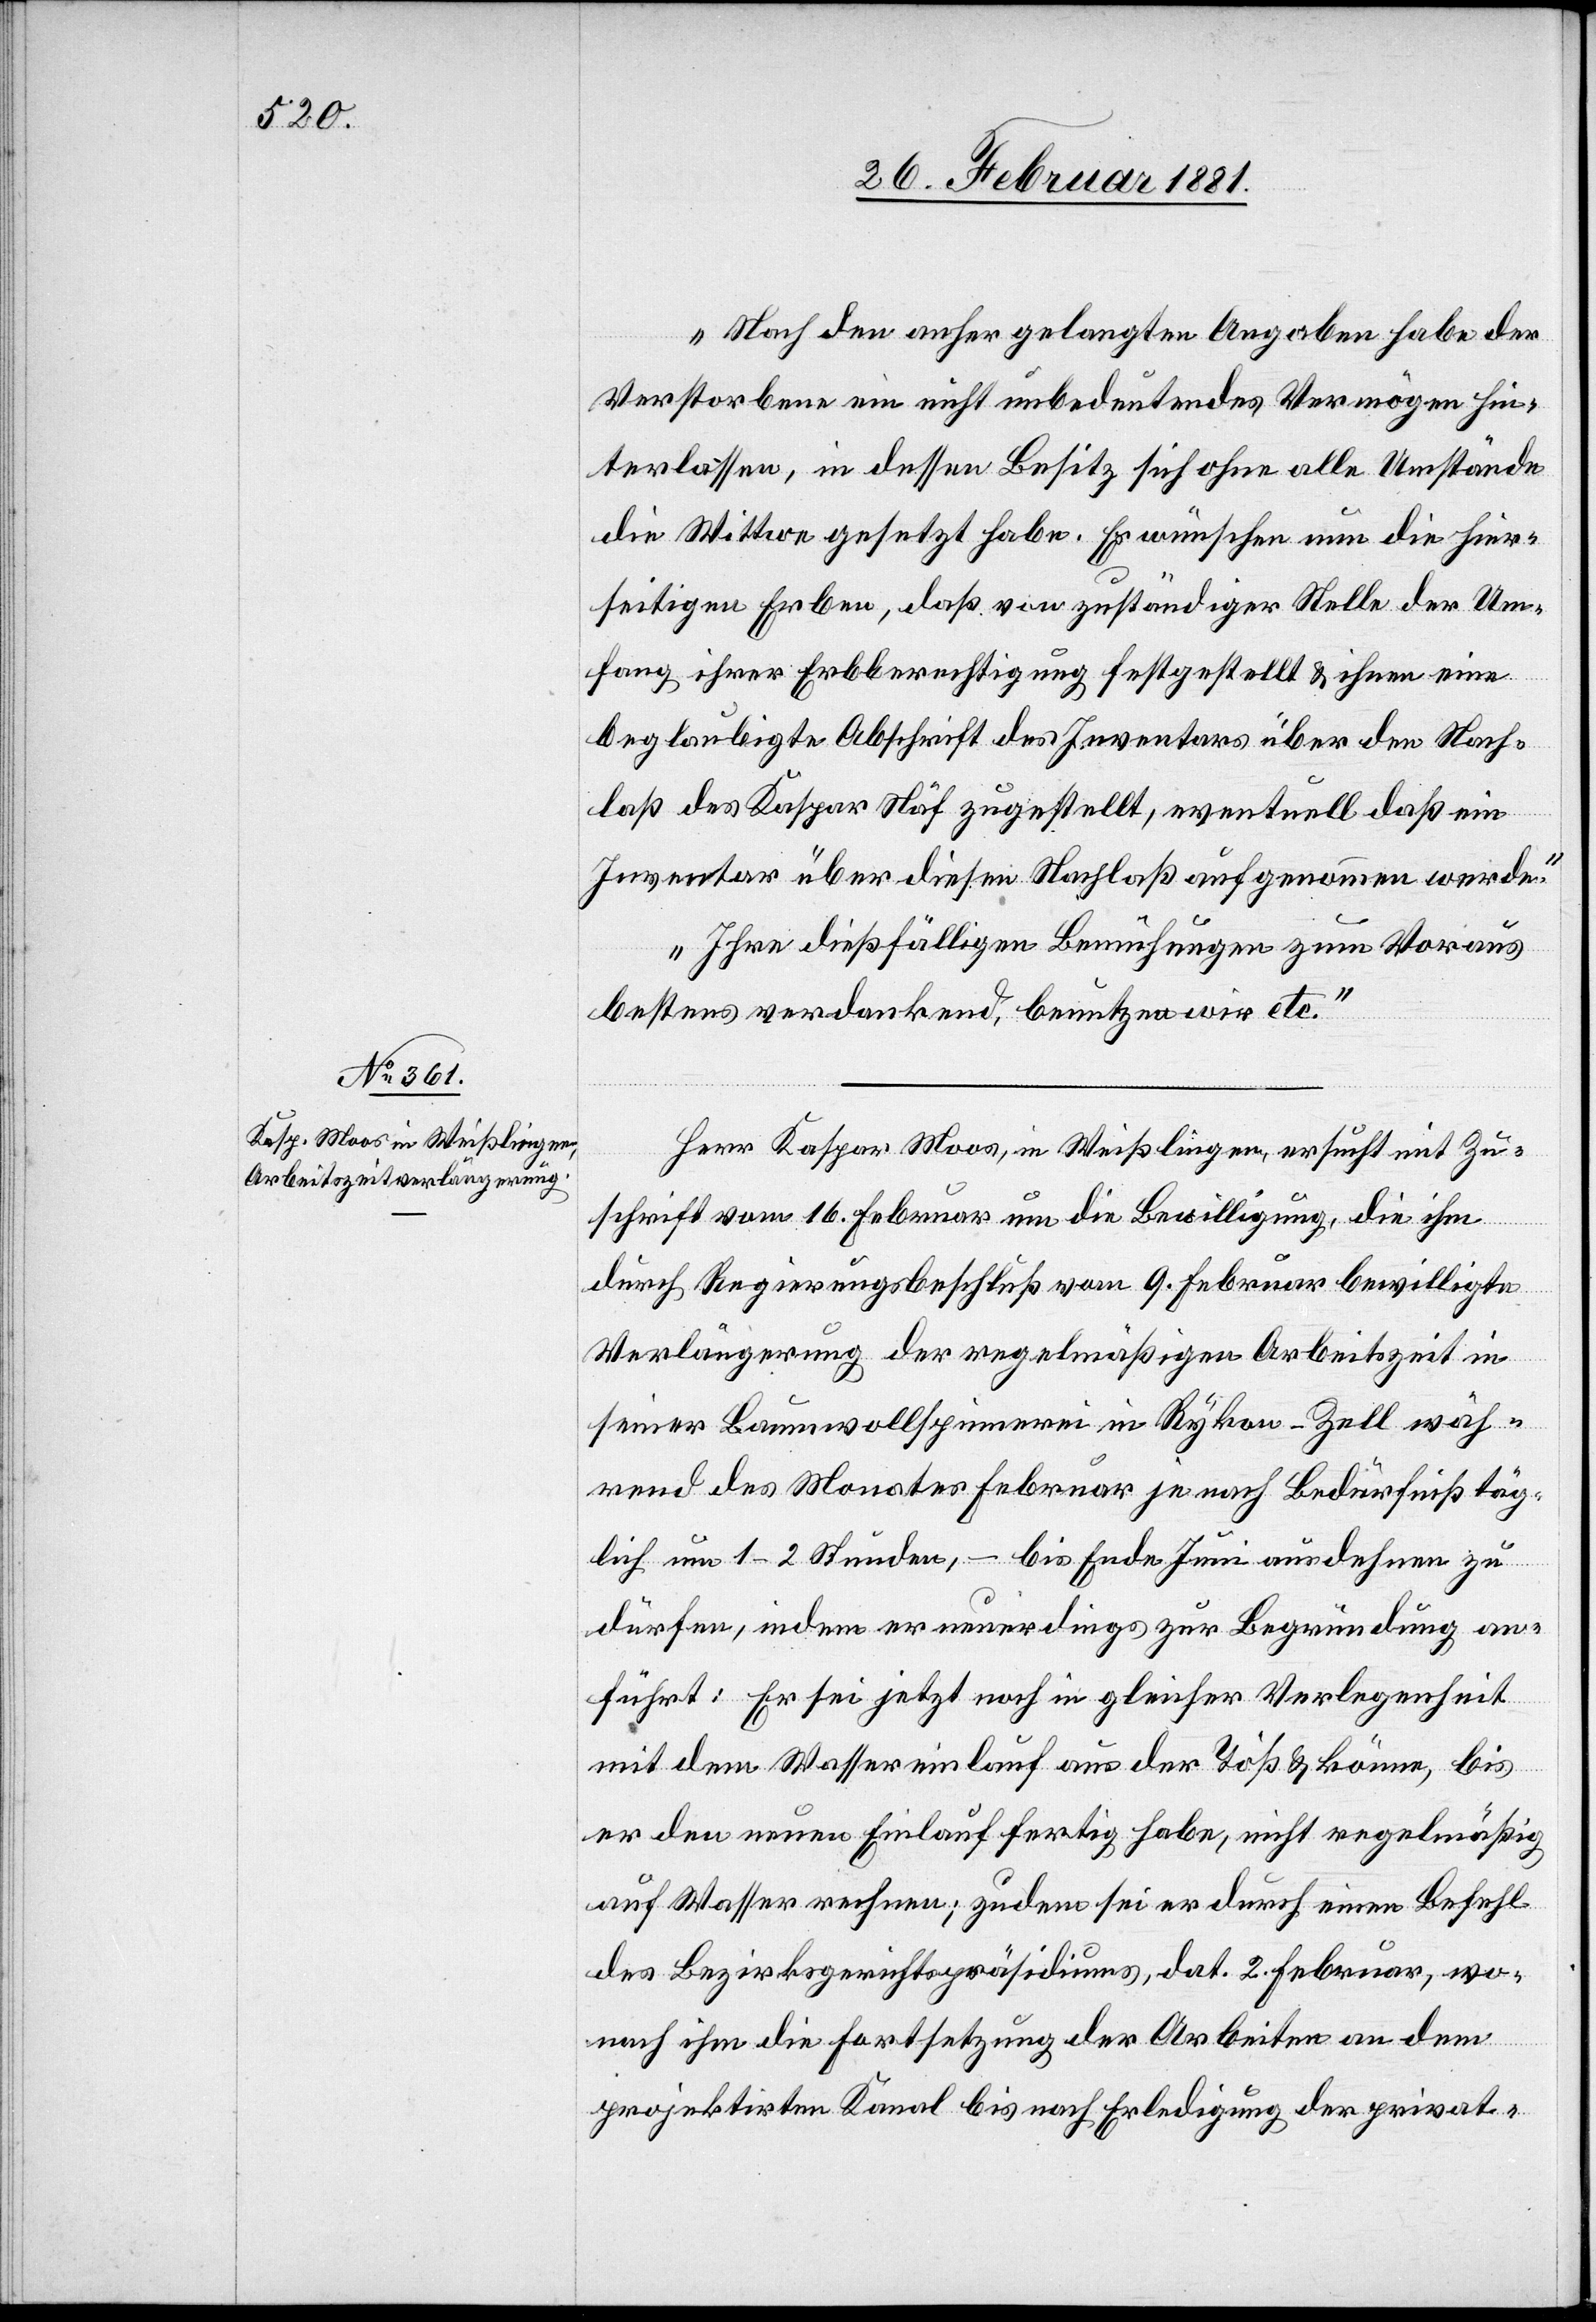
Nach den anher gelangten Angaben habe der
Verstorbene ein nicht unbedeutendes Vermögen hin¬
terlassen, in dessen Besitz sich ohne alle Umstände
die Wittwe gesetzt habe. Es wünschen nun die hier¬
seitigen Erben, daß von zuständiger Stelle der Um¬
fang ihrer Erbberechtigung festgestellt & ihnen eine
beglaubigte Abschrift des Inventars über den Nach¬
laß des Kaspar Näf zugestellt, eventuell daß ein
Inventar über diesen Nachlaß aufgenommen werde.
Ihre dießfälligen Bemühungen zum Voraus
bestens verdankend, benutzen wir etc.“
Herr Kaspar Moos, in Weißlingen, ersucht mit Zu¬
schrift vom 16. Februar um die Bewilligung, die ihm
durch Regierungsbeschluß vom 9. Februar bewilligte
Verlängerung der regelmäßigen Arbeitszeit in
seiner Baumwollspinnerei in Rykon - Zell wäh¬
rend des Monates Februar je nach Bedürfniß täg¬
lich um 1–2 Stunden, – bis Ende Juni ausdehnen zu
dürfen, indem er neuerdings zur Begründung an¬
führt: Er sei jetzt noch in gleicher Verlegenheit
mit dem Wassereinlauf aus der Töß & könne, bis
er den neuen Einlauf fertig habe, nicht regelmäßig
auf Wasser rechnen; zudem sei er durch einen Befehl
des Bezirksgerichtspräsidiums, dat. 2. Februar, wo¬
nach ihm die Fortsetzung der Arbeiten an dem
projektirten Kanal bis nach Erledigung der privat-